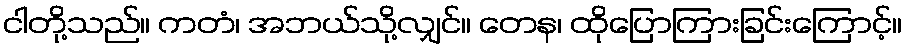
ငါတို့သည်။ ကတံ၊ အဘယ်သို့လျှင်။ တေန၊ ထိုပြောကြားခြင်းကြောင့်။